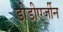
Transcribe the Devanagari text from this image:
डीडीएर्जीन